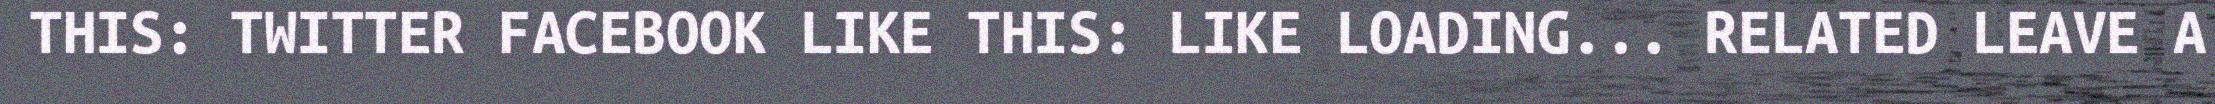
THIS: TWITTER FACEBOOK LIKE THIS: LIKE LOADING... RELATED LEAVE A